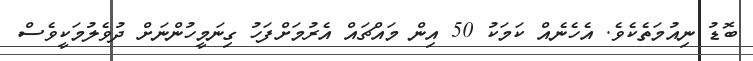
ބޮޑު ނިއުމަތެކެވެ. އެހެނެއް ކަމަކު 50 އިން މައްޗައް އެރުމަށްފަހު ގިނަމީހުންނަށް ދުވެލުމަކީވެސް